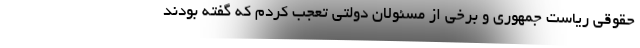
حقوقی ریاست جمهوری و برخی از مسئولان دولتی تعجب کردم که گفته بودند